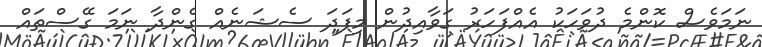
ނަމަވެސް ކޮންމެ ދުވަހަކު އެއްފަހަރު ގަވާއިދުން މިފަދަ ސެޝަނެއް ގެންދާ ނަމަ ގޭސްތައް